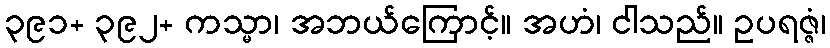
၃၉၁+ ၃၉၂+ ကသ္မာ၊ အဘယ်ကြောင့်။ အဟံ၊ ငါသည်။ ဥပရဇ္ဇံ၊